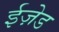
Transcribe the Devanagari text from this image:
ईज़ेड